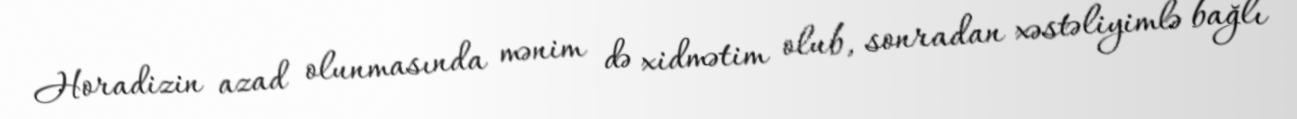
Horadizin azad olunmasında mənim də xidmətim olub, sonradan xəstəliyimlə bağlı